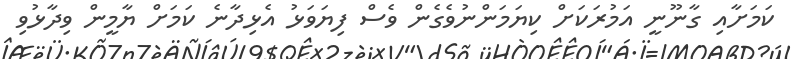
ކަމަށާއި ގާނޫނީ އަމުރަކަށް ކިޔަމަންނުވެގެން ވެސް ފިޔަވަޅު އެޅިދާނެ ކަމަށް ޔާމީން ވިދާޅުވި